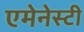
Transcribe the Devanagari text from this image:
एमेनेस्टी